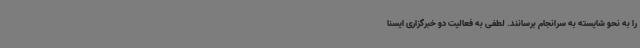
را به نحو شایسته به سرانجام برسانند. لطفی به فعالیت دو خبرگزاری ایسنا